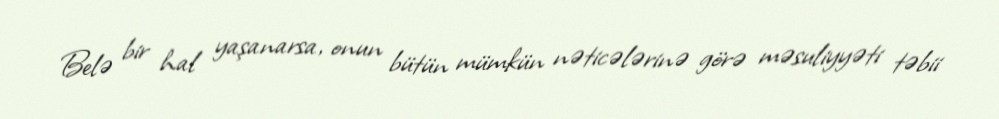
Belə bir hal yaşanarsa, onun bütün mümkün nəticələrinə görə məsuliyyəti təbii